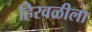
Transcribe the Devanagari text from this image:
हिरवळीला